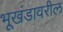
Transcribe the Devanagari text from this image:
भूखंडावरील